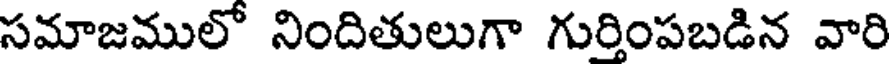
సమాజములో నిందితులుగా గుర్తింపబడిన వారి